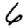
Digit: 6